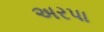
અરપા